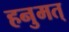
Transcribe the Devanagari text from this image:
हनुमत्